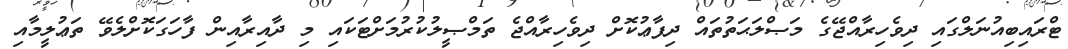
ޓްރައިބިއުނަލްގައި ދިވެހިރާއްޖޭގެ މަޞްލަޙަތުތައް ދިފާޢުކޮށް ދިވެހިރާއްޖެ ތަމްޞީލުކުރުމަށްޓަކައި މި ދާއިރާއިން ފާހަގަކޮށްލެވޭ ތަޢުލީމާއި